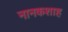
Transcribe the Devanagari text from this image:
नानकशाह